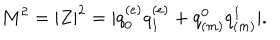
M ^ { 2 } = | Z | ^ { 2 } = | q _ { 0 } ^ { ( e ) } q _ { 1 } ^ { ( e ) } + q _ { ( m ) } ^ { 0 } q _ { ( m ) } ^ { 1 } | .